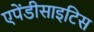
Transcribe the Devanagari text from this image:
एपेंडीसाइटिस